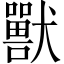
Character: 獸